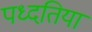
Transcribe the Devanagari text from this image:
पध्दतियां